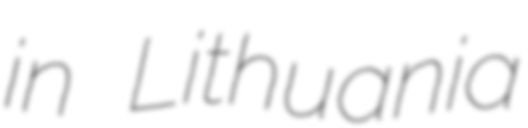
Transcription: in Lithuania